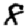
Digit: 8